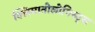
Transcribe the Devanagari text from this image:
क्लिमातोलोगिस्ट्स